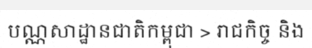
បណ្ណសាដ្ឋានជាតិកម្ពុជា > រាជកិច្ច និង